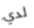
لدي